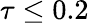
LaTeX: \tau\leq 0.2